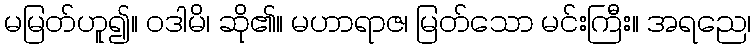
မမြတ်ဟူ၍။ ဝဒါမိ၊ ဆို၏။ မဟာရာဇ၊ မြတ်သော မင်းကြီး။ အရညေ၊